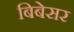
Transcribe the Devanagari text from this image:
बिबेसर